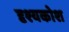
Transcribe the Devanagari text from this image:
दृश्यकोश